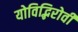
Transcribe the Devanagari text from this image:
योविद्भिरोवी